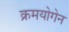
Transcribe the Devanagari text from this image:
क्रमयोगेन